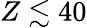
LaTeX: Z\lesssim 40